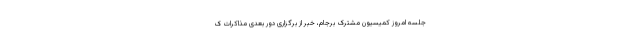
جلسه امروز کمیسیون مشترک برجام، خبر از برگزاری دور بعدی مذاکرات ک